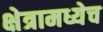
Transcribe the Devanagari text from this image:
क्षेत्रामध्येच